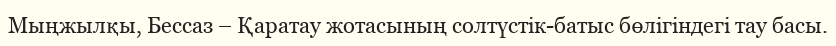
Мыңжылқы, Бессаз – Қаратау жотасының солтүстік-батыс бөлігіндегі тау басы.